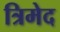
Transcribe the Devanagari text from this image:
त्रिमेद